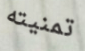
تمنيته